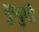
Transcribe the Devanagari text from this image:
दुन्दुभी